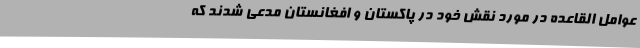
عوامل القاعده در مورد نقش خود در پاکستان و افغانستان مدعی شدند که